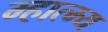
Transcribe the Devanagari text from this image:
म्हात्म्य